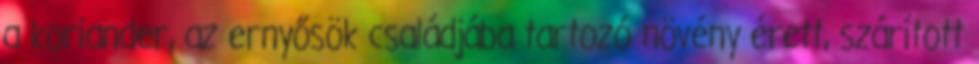
a koriander, az ernyősök családjába tartozó növény érett, szárított